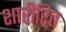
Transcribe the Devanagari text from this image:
शारीरित